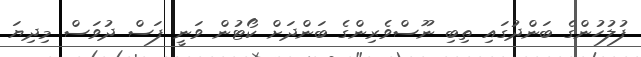
ފުލުހުންގެ ބަންދުގައި ތިބި ނޫސްވެރިންގެ ބަންދަށް ކޯޓުން ވަނީ ފަސް ދުވަސް މިދިޔަ